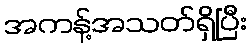
အကန့်အသတ်ရှိပြီး